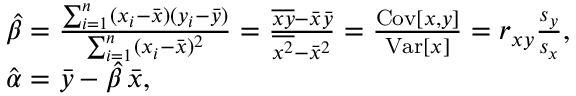
{ \begin{array} { r l } & { { \hat { \beta } } = { \frac { \sum _ { i = 1 } ^ { n } ( x _ { i } - { \bar { x } } ) ( y _ { i } - { \bar { y } } ) } { \sum _ { i = 1 } ^ { n } ( x _ { i } - { \bar { x } } ) ^ { 2 } } } = { \frac { { \overline { { x y } } } - { \bar { x } } { \bar { y } } } { { \overline { { x ^ { 2 } } } } - { \bar { x } } ^ { 2 } } } = { \frac { \operatorname { C o v } [ x , y ] } { \operatorname { V a r } [ x ] } } = r _ { x y } { \frac { s _ { y } } { s _ { x } } } , } \\ & { { \hat { \alpha } } = { \bar { y } } - { \hat { \beta } } \, { \bar { x } } , } \end{array} }